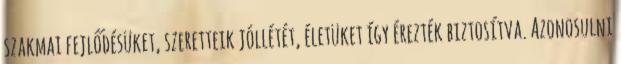
szakmai fejlődésüket, szeretteik jóllétét, életüket így érezték biztosítva. Azonosulni